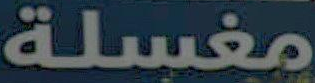
مغسلة